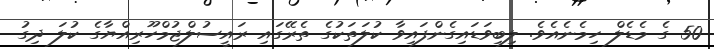
50 ގެ މެޑެލް ހިމެނެއެވެ. ލިބިވަޑައިގެންފައިވާ ކުލަތަކުގެ ތެރޭގައި ރައީސުލްޖުމްހޫރިއްޔާގެ ކުލަ ދިގު